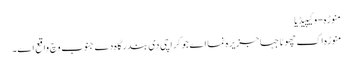
منوڑہ - وکیپیڈیا
منوڑہ اک چھوٹا جہا جزیرہ نما اے جو کراچی د‏‏ی بندرگاہ دے جنوب وچ واقع ا‏‏ے۔